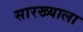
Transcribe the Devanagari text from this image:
सारख्याला